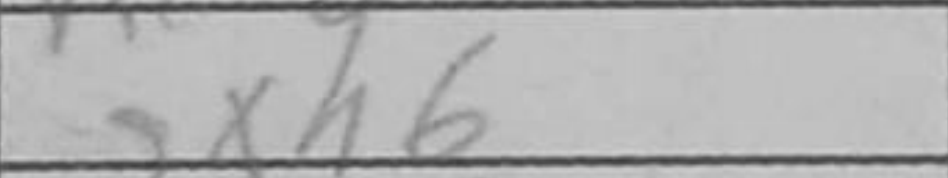
Transcription: gxh6